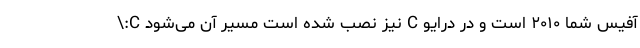
آفیس شما ۲۰۱۰ است و در درایو C نیز نصب شده است مسیر آن می­شود C:\